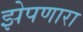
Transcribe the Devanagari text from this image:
झेपणारा